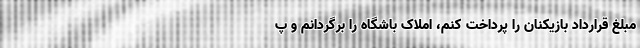
مبلغ قرارداد بازیکنان را پرداخت کنم، املاک باشگاه را برگردانم و پ